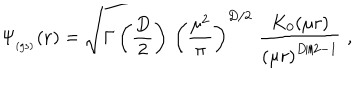
\Psi _ { _ \mathrm { ( g s ) } } ( { \bf r } ) = \sqrt { \Gamma \left( \frac { D } { 2 } \right) \, \left( \frac { \mu ^ { 2 } } { \pi } \right) ^ { D / 2 } } \; \frac { K _ { 0 } ( \mu r ) } { \left( \mu r \right) ^ { D / 2 - 1 } } \; ,